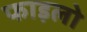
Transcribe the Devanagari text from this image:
फाइलो